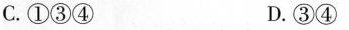
C.①③④ D.③④